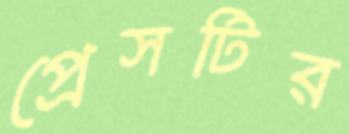
প্রেসটির